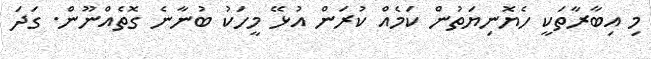
މި އިބާރާތަކީ ހެޔޮނިޔަތުން ކަމެއް ކުރަން އުޅޭ މީހަކު ބުނާނެ ގޮތެއްނޫން. ގަދަ